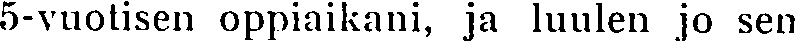
5-vuotisen oppiaikani, ja luulen jo sen